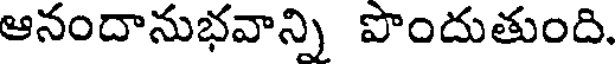
ఆనందానుభవాన్ని పొందుతుంది.